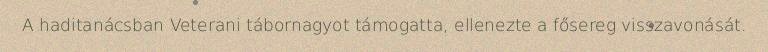
A haditanácsban Veterani tábornagyot támogatta, ellenezte a fősereg visszavonását.